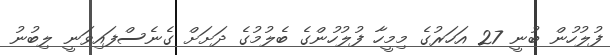
ފުލުހުން ބުނީ 27 އަހަރުގެ މިމީހާ ފުލުހުންގެ ބެލުމުގެ ދަށަށް ގެނެސްފައިވަނީ ލިބުނު